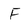
Character: F